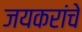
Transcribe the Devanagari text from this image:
जयकरांचे